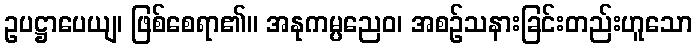
ဥပဋ္ဌာပေယျ၊ ဖြစ်စေရာ၏။ အနုကမ္ပညေဝ၊ အစဉ်သနားခြင်းတည်းဟူသော